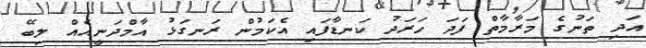
އަދި ތަނުގެ މަރާމާތް ފަދަ ހަރަދު ކަނޑާފައި އެކަމުން ރަނގަޅު އާމްދަނީއެއް ލިބޭ